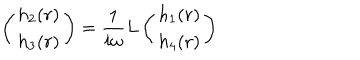
LaTeX: \left( \begin{array} { c } { { h _ { 2 } ( r ) } } \\ { { h _ { 3 } ( r ) } } \\ \end{array} \right) = { \frac { 1 } { i \omega } } L \left( \begin{array} { c } { { h _ { 1 } ( r ) } } \\ { { h _ { 4 } ( r ) } } \\ \end{array} \right)